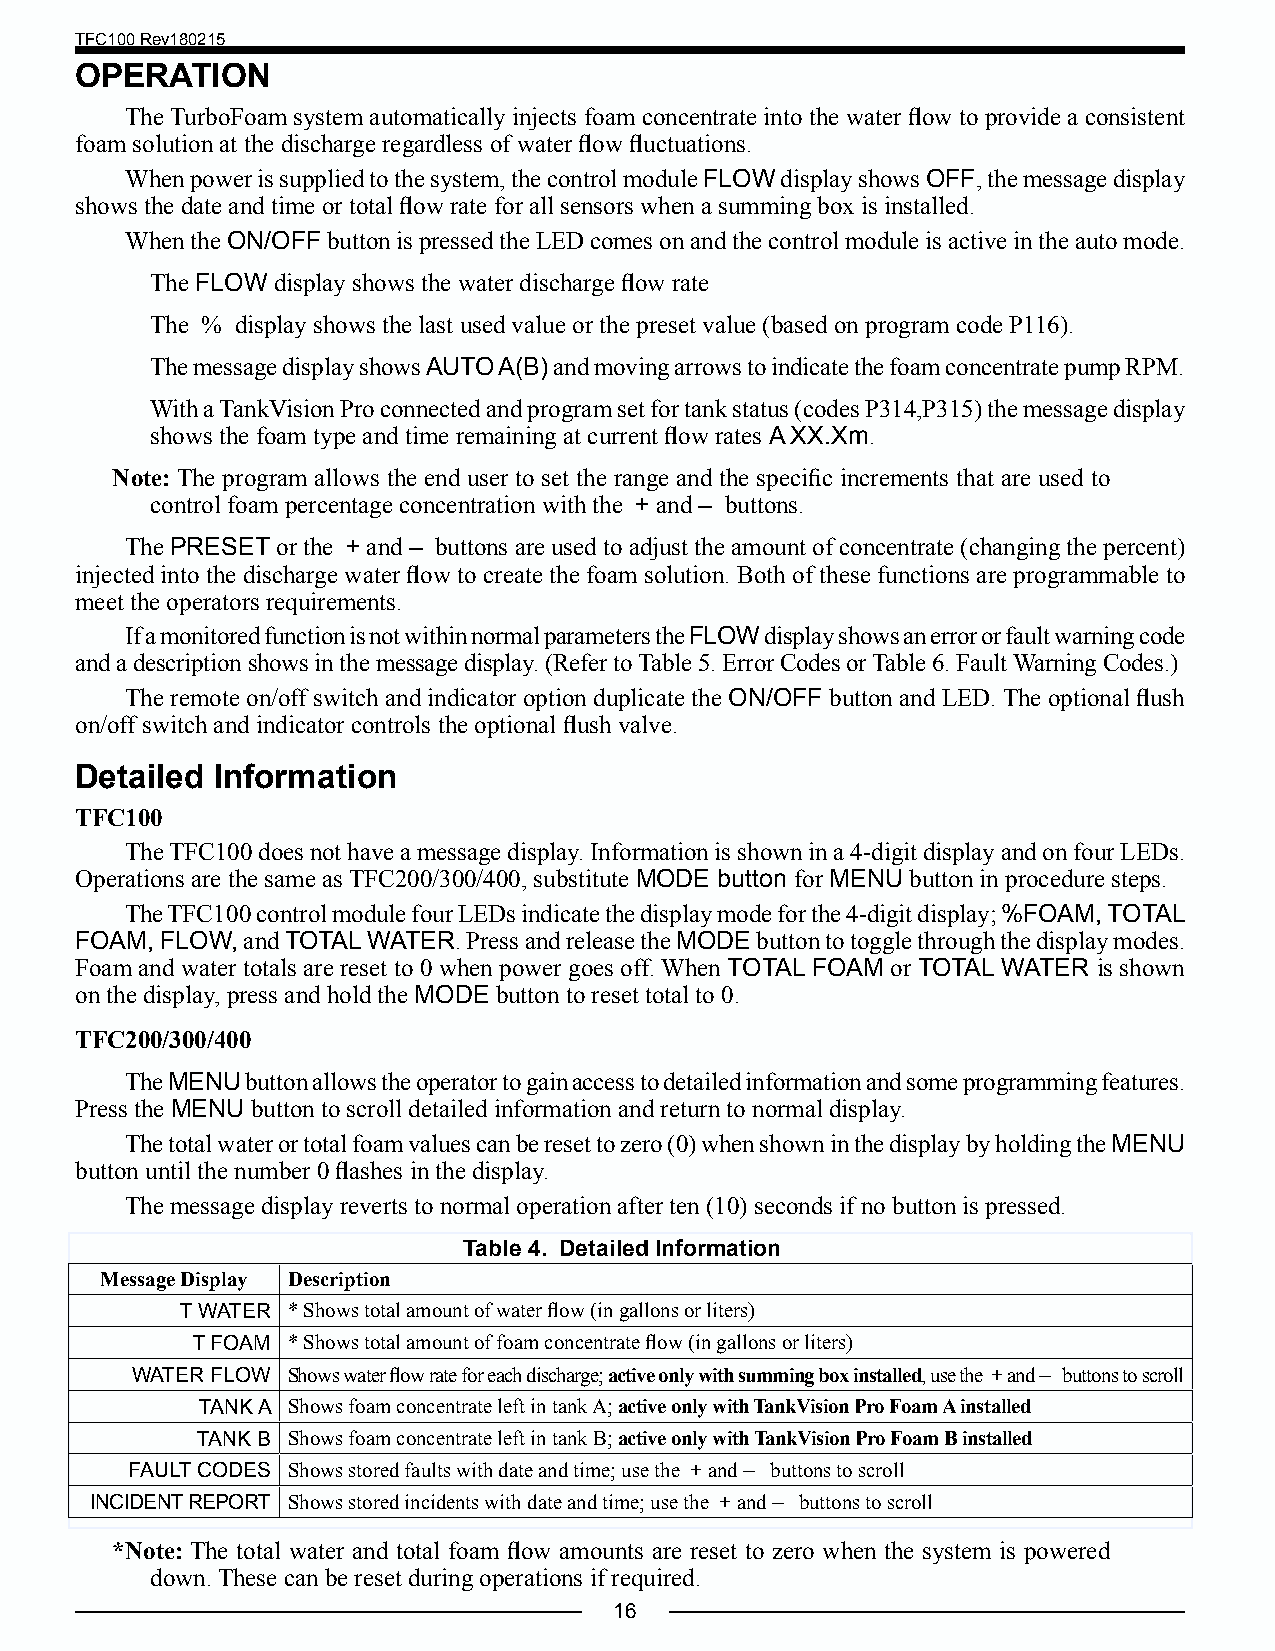
TFC100 Rev180215
 OPERATION
 The TurboFoam system automatically injects foam concentrate into the water flow to provide a consistent
 foam solution at the discharge regardless of water flow fluctuations.
 When power is supplied to the system, the control module FLOW display shows OFF, the message display
 shows the date and time or total flow rate for all sensors when a summing box is installed.
 When the ON/OFF button is pressed the LED comes on and the control module is active in the auto mode.
 The FLOW display shows the water discharge flow rate
 The % display shows the last used value or the preset value (based on program code P116).
 The message display shows AUTO A(B) and moving arrows to indicate the foam concentrate pump RPM.
 With a TankVision Pro connected and program set for tank status (codes P314,P315) the message display
 shows the foam type and time remaining at current flow rates A XX.Xm.
 Note: The program allows the end user to set the range and the specific increments that are used to
 control foam percentage concentration with the + and – buttons.
 The PRESET or the + and – buttons are used to adjust the amount of concentrate (changing the percent)
 injected into the discharge water flow to create the foam solution. Both of these functions are programmable to
 meet the operators requirements.
 If a monitored function is not within normal parameters the FLOW display shows an error or fault warning code
 and a description shows in the message display. (Refer to Table 5. Error Codes or Table 6. Fault Warning Codes.)
 The remote on/off switch and indicator option duplicate the ON/OFF button and LED. The optional flush
 on/off switch and indicator controls the optional flush valve.
 Detailed Information
 TFC100
 The TFC100 does not have a message display. Information is shown in a 4-digit display and on four LEDs.
 Operations are the same as TFC200/300/400, substitute MODE button for MENU button in procedure steps.
 The TFC100 control module four LEDs indicate the display mode for the 4-digit display; %FOAM, TOTAL
 FOAM, FLOW, and TOTAL WATER. Press and release the MODE button to toggle through the display modes.
 Foam and water totals are reset to 0 when power goes off. When TOTAL FOAM or TOTAL WATER is shown
 on the display, press and hold the MODE button to reset total to 0.
 TFC200/300/400
 The MENU button allows the operator to gain access to detailed information and some programming features.
 Press the MENU button to scroll detailed information and return to normal display.
 The total water or total foam values can be reset to zero (0) when shown in the display by holding the MENU
 button until the number 0 flashes in the display.
 The message display reverts to normal operation after ten (10) seconds if no button is pressed.
 Table 4. Detailed Information
 Message Display Description
 T WATER * Shows total amount of water flow (in gallons or liters)
 T FOAM * Shows total amount of foam concentrate flow (in gallons or liters)
 WATER FLOW Shows water flow rate for each discharge; active only with summing box installed, use the + and – buttons to scroll
 TANK A Shows foam concentrate left in tank A; active only with TankVision Pro Foam A installed
 TANK B Shows foam concentrate left in tank B; active only with TankVision Pro Foam B installed
 FAULT CODES Shows stored faults with date and time; use the + and – buttons to scroll
 INCIDENT REPORT Shows stored incidents with date and time; use the + and – buttons to scroll
 *Note: The total water and total foam flow amounts are reset to zero when the system is powered
 down. These can be reset during operations if required.
 16